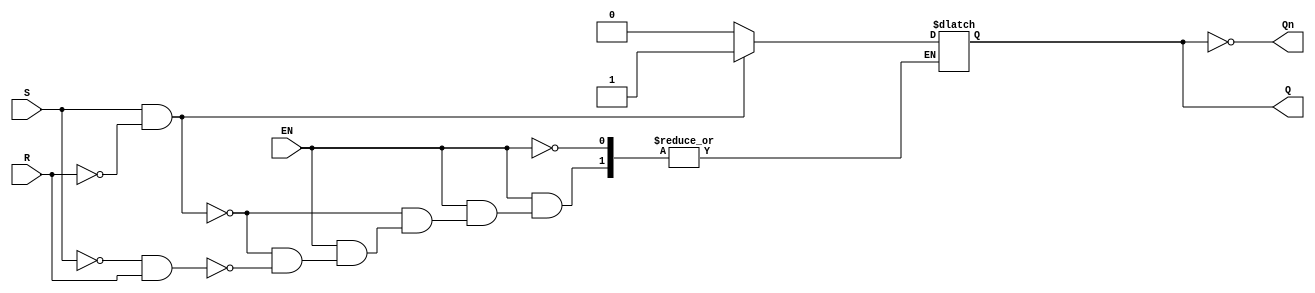
module GatedSRLatch (
    input wire S,      // Set input
    input wire R,      // Reset input
    input wire EN,     // Enable input
    output reg Q,      // Output Q
    output wire Qn     // Not Q output
);

    // Assign the complementary output
    assign Qn = ~Q;

    always @(*) begin
        if (EN) begin
            if (S && !R) begin
                Q = 1'b1;  // Set state
            end else if (!S && R) begin
                Q = 1'b0;  // Reset state
            end else if (S && R) begin
                // Invalid state for SR latch, can retain previous state or handle accordingly
                // Here we can leave Q unchanged (previous state)
                // Q = Q; // Uncomment this line if you want to explicitly retain state
            end else begin
                // When both S and R are low, retain previous state
                // Q = Q; // Uncomment this line if you want to explicitly retain state
            end
        end
        // When EN is low, retain previous state
    end

endmodule